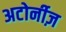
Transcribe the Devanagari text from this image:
अटोर्नीज़